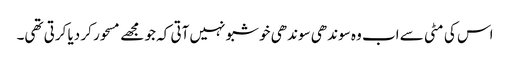
اس کی مٹی سے اب وہ سوندھی سوندھی خوشبو نہیں آتی کہ جو مجھے مسحور کر دیا کرتی تھی۔